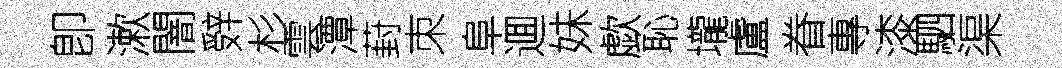
卽漱闇辤杉雲潭葑朿阜逥妹歔恥壠盧眷專漆駟渠